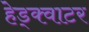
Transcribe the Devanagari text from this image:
हेड्क्वाटर